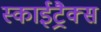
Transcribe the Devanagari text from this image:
स्काईट्रैक्स